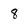
Character: 8